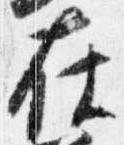
在